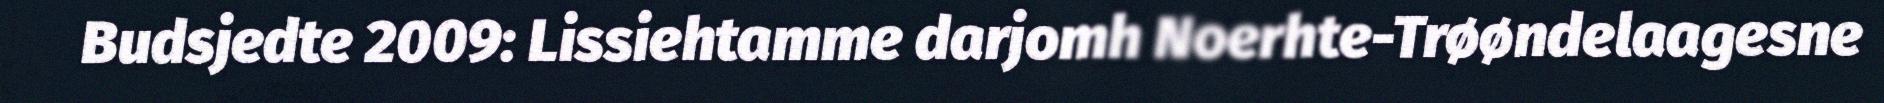
Budsjedte 2009: Lissiehtamme darjomh Noerhte-Trøøndelaagesne